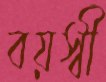
বয়স্বী